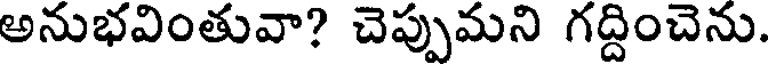
అనుభవింతువా? చెప్పుమని గద్దించెను.